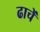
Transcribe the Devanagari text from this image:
ढाचें